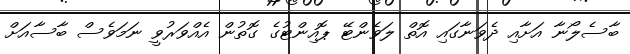
ބާސެލޯނާ އަށާއި ދެވަނާގައި އޮތް ލަވެންޓޭ ޕޮއިންޓުގެ ގޮތުން އެއްވަރުވީ ނަމަވެސް ބާސާއަށް